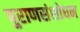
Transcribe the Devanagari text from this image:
पुराणसंशोधन